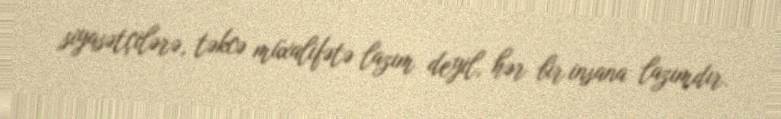
siyasətçilərə, təkcə müxalifətə lazım deyil, hər bir insana lazımdır.